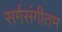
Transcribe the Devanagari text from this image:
सर्गसंगीतम